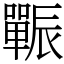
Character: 辴